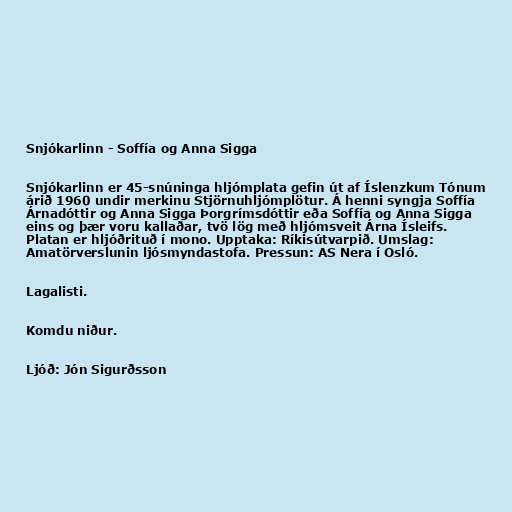
Snjókarlinn - Soffía og Anna Sigga

Snjókarlinn er 45-snúninga hljómplata gefin út af Íslenzkum Tónum
árið 1960 undir merkinu Stjörnuhljómplötur. Á henni syngja Soffía
Árnadóttir og Anna Sigga Þorgrímsdóttir eða Soffía og Anna Sigga
eins og þær voru kallaðar, tvö lög með hljómsveit Árna Ísleifs.
Platan er hljóðrituð í mono. Upptaka: Ríkisútvarpið. Umslag:
Amatörverslunin ljósmyndastofa. Pressun: AS Nera í Osló.

Lagalisti.

Komdu niður.

Ljóð: Jón Sigurðsson